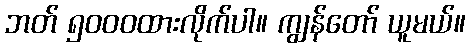
ဘတ် ၅၀၀၀ထားလိုက်ပါ။ ကျွန်တော် ယူမယ်။